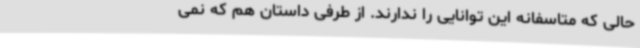
حالی که متاسفانه این توانایی را ندارند. از طرفی داستان هم که نمی‌